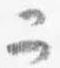
二